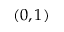
( 0 , 1 )